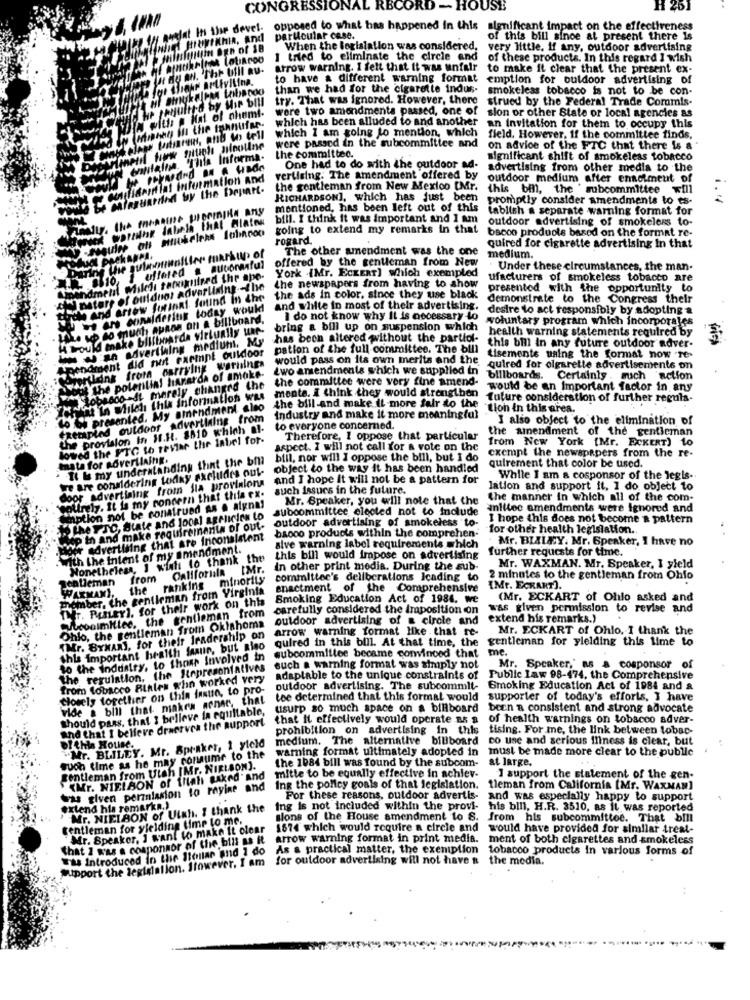
CONGRESSIONAL RECORD - HOUSE
H 261
Its Ahoe devel
opposed to what has happened in this
significant impact on the effectiveness
particular case.
of this bill since at present there is
When the Borisiation was considered,
very little. If any, outdoor advertising
APOO
tried to eliminate the circle and of these products. In this regard I wish
. The Uill au- arrow warning. I felt that it was unfair to make it clear that the present ex-
to have & different warning format emption for outdoor advertising of
MA taiba poo
than we had for the cigarette indus-
smokeless tobacco is not to be con-
try. That was ignored. However, there strued by the Federal Trade Coromis.
DIN with @ Hat of chemt-
were two amendments passed, one of slon or other State or local agencies as
which has been alluded to and another an Invitation for them to occupy this
po tataren, and to tell
which I am going to mention, which
field. However, if the committee finds,
ich siinoline were passed in the subcommittee and
on advice of the FTC that there is a
la Informa-
the committee.
significant shift of smokeless tobacco
d a . Had
One had to do with the outdoor ad-
advertising from other media to the
information and
vertising. The amendment offered by
outdoor medium after enotmeut of
by the Depart.
the gentleman from New Mexico [Mr.
this bal, the subcommittee will
RICHARDSON], which has just been
promptly consider amendments to es-
i.v
mentioned, has been left out of this
tablish a separate warning format for
bill. I think it was important and I am
outdoor advertising of smokeless to-
going to extend my remarks in that
bacoo products based on the format re-
rogard.
The other amendment was the one
quired for cigarette advertising In that
offered by the gentleman from New
medium.
R- Bio, I offered a autoraaful
York (Mr. ECKERT] which exempled
Under these circumstances, the man.
dmelit Miledi tatuiguired Ihr apo-
ufacturers of smokeless tobacco are
Unatere of ouldnos advertising -- the
the newspapers from having to show
presented with the opportunity to
oh And arrow forinnt found in the
found in the
the ads in color, since they use black
demonstrate to the Congress their
Iug today would
and white in most of their advertising.
desire to act responsibly by adopting &
- LALe vo do much auRos on & billboard.
I do not know why It is necessary to
woluntary program which incorporales
H Would make billboarda virtually une-
bring a bill up on suspension which
health warning statements required by
-Js everthing medium. My
mediumt, My
has been altered without the partiof-
A pendment did not exringt outdoor
pation of the full committee. The bill
this bm In any future outdoor adver-
trying warnings
would pass on its own merits and the
tisemente using the format now re-
" worldnk from carrying warnings
Pendment
pof the potential hararda of amake-
quired for cigarette advertisements on
two amendments which we supplied in billboards. Certainly . such action
the committee were very fine amend-
As666 - merely changed the
he poler
the
mente. I think they would strengthen
would be an Important factor in any
feront In Whileh this Information Was
future consideration of further reguls-
the bill and make it more fair to the
tion in this area.
Exempled outdoor Advertlaing from
L. My
industry and make it more meaningful
I also object to the elimination of
Exemple
we provision in HI.1. 3510 which al-
$810 which al-
to everyone concerned.
the amendment of the gentleman
the pro
e FTC to tentar the intel for-
talon In H
Therefore, I oppose that particular
from New York [Mr. ECKERT) 10
lowed th
aspect. I will not call for a vote on the
exempt the newspapers from the re-
. It & my understanding that the bm
tata for sovertlaing.
bill, nor will I oppose the bill, but I do
we are considering todky excludes out-
object to the way it has been handled
quirement that color be used.
door advertising from Sla provinions
and I hope It will not be a pattern for
While I am a cosponsor of the legis-
sollrely. It is my concern that thia ex-
such issues in the future.
lation and support it, I do object to
Mr. Speaker, you will note that the the manner in which all of the com-
hinption not be construed as . algnas
suboommittee elected not to include
anlitec amendments were Ignored and
The Pro, State and local agencies to
outdoor advertising of smokeless to-
I hope this does not become a pattern
Up'in and make requiremarita of out-
for other health legislation ..
. .
der advertising that are inconsistent
baooo products within the comprehen-
Mr. BIALEY. Mr. Speaker, I have no
with the intent of my amendment
sive warning label requirements which
further requests for time.
Nonetheless, I wish to thank the
this bill would impose on advertising
from Callfornala
IMr.
in other print media. During the sub-
Mr. WAXMAN. Mr. Speaker, I yield
calleman
the ranking minority
committee's deliberations Icading to
2 minutes to the gentleman from Ohio
Chamber, the gentleman from Virginia
enactment of the Comprehensive
{Mr. ECKART).
WARMAMI,
F. PusLer). for their work on this
Smoking Education Act of 1984, we
(Mr. ECKART of Ohlo asked and
coolmittee, the gentleman from
carefully considered the Imposition con
was given permission to revise and
outdoor advertising of a circle and
extend his remarks.)
Ohlo, the gentleman from Oklahoma
arrow warning format like that re-
Mr. ECKART of Ohio, I thank the
THEr. BYKARI, for their leadership on
quired in this bill. At that time, the gentleman for yielding this time to
this Important health fraur, but algo
me.
to the industry, to thom Involved in
subcommittee became convinced that
The regulation, the Representatives
such a warning format was simply not
Mr. Speaker,' as a cosponsor of
from tobacco Riales who worked very adaptable to the unique constraints of
Public Law 98-474. the Comprehensive
Closely torethier on this issue, to pro-
outdoor advertising. The subcommit-
Smoking Education Act of 1984 and a
vide a bill that makes arner, that
tee determined that this format would
supporter of today's efforts, I have
Should pass, that I believe in equitable, usurp so much space on a billboard
been a consistent and strong advocate
that It effectively would operate Bs 8
of health warnings on tobacco adver-
and that I believe draerves the support
prohibition on advertising in this
tising. For me, the link between tobac-
of this House.
medium. The alternative billboard
co use and serious Iness is clear, but
"Mr. BLILEY. Mr. Spraket, 1 yield
warning format ultimately adopted in
must be made more clear to the public
suoh time as he may commume to the
the 1084 bill was found by the subcom-
at large.
gentleman from Utah IMr. NIELSON).
"Mr. NIELSON of filah asked ' and
mitte to be equally effective in achiev-
I support the statement of the gen-
was given permission to rayine and
Ing the policy goals of that legislation.
tleman from California [Mr, WAXMAN]
For these reasons. outdoor advertis-
and was especially happy to support
Friend his remarks.)
Mr. NIEIBON of Ulxh. I thank the
ing is not included within the provi-
his bill, H.R. 3510, as it was reported
gentleman for yielding time to me.
sons of the House amendment to S. from his subcommittee. That bill
Mr. Speaker, I want to make it clear
1674 which would require a circle and would have provided for similar treat-
that 2 was a cosponsor of the bill as it.
arrow warning format in print media.
ment of both cigarettes and smokeless
was Introduced in the Sollar and 1 do
As a practical matter, the exemption
tobacco products in various forms of
Support the legislation. Itowever, I am
for outdoor advertising will not have a the media.